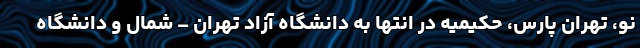
نو، تهران پارس، حکیمیه در انتها به دانشگاه آزاد تهران – شمال و دانشگاه